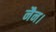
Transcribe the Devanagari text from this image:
नैन।